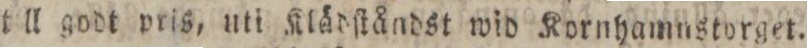
till godt pris, uti Klädſtåndst wid Kornhamnstorget.